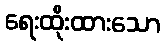
ရေးထိုးထားသော